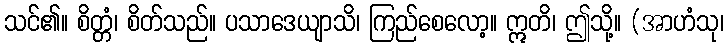
သင်၏။ စိတ္တံ၊ စိတ်သည်။ ပသာဒေယျာသိ၊ ကြည်စေလော့။ ဣတိ၊ ဤသို့။ (အာဟံသု၊